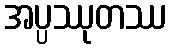
အပ္ပဿုတဿ